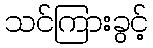
သင်ကြားခွင့်